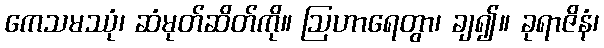
ကေသမဿုံ၊ ဆံမုတ်ဆိတ်ကို။ ဩဟာရေတွာ၊ ချ၍။ ခုရာဇိနံ၊